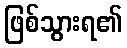
ဖြစ်သွားရ၏